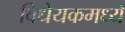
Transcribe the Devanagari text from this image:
विधेयकमध्ये